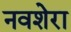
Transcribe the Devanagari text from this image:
नवशेरा